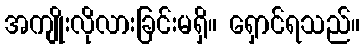
အကျိုးလိုလားခြင်းမရှိ။ ရှောင်ရသည်။